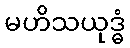
မဟိသယုဒ္ဓံ